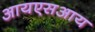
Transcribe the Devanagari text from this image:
आयएसआय